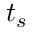
t _ { s }